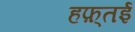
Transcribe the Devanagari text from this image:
हफ़्तई